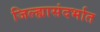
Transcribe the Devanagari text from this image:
जिल्ह्यासंदर्भात